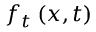
f _ { t } \left( x , t \right)